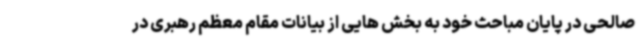
صالحی در پایان مباحث خود به بخش هایی از بیانات مقام معظم رهبری در